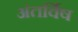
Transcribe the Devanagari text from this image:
अंतर्विष